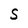
Character: 5